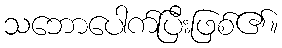
သဘောပေါက်ပြီးဖြစ်၏။